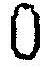
0